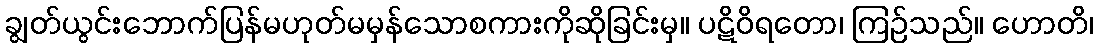
ချွတ်ယွင်းဘောက်ပြန်မဟုတ်မမှန်သောစကားကိုဆိုခြင်းမှ။ ပဋိဝိရတော၊ ကြဉ်သည်။ ဟောတိ၊